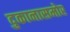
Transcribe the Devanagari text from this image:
दुकानासमोर